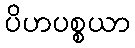
ပိဟပစ္စယာ